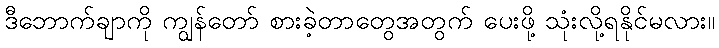
ဒီဘောက်ချာကို ကျွန်တော် စားခဲ့တာတွေအတွက် ပေးဖို့ သုံးလို့ရနိုင်မလား။